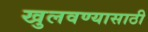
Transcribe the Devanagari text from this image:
खुलवण्यासाठी